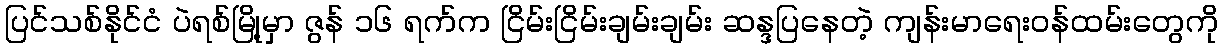
ပြင်သစ်နိုင်ငံ ပဲရစ်မြို့မှာ ဇွန် ၁၆ ရက်က ငြိမ်းငြိမ်းချမ်းချမ်း ဆန္ဒပြနေတဲ့ ကျန်းမာရေးဝန်ထမ်းတွေကို